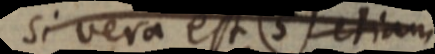
si vera est (5) etiam